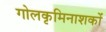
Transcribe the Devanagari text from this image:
गोलकृमिनाशकों